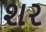
શર